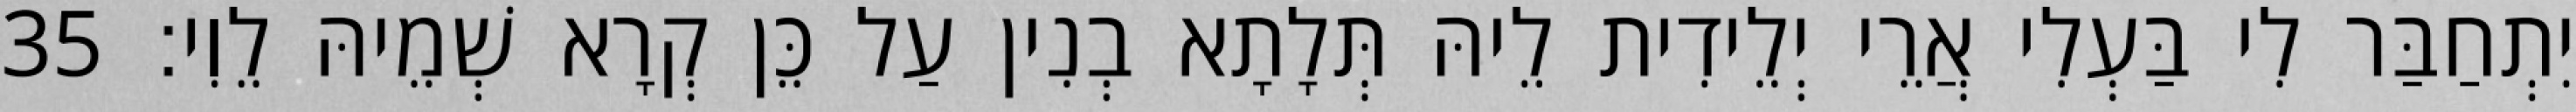
יִתְחַבַּר לִי בַּעְלִי אֲרֵי יְלֵידִית לֵיהּ תְּלָתָא בְנִין עַל כֵּן קְרָא שְׁמֵיהּ לֵוִי׃ 35